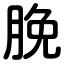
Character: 脕